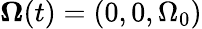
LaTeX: {\boldsymbol\Omega}(t)=(0,0,\Omega_{0})